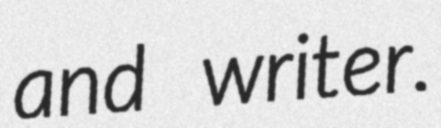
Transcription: and writer.